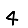
Digit: 4